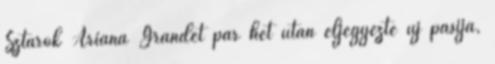
Sztárok Ariana Grandét pár hét után eljegyezte új pasija,